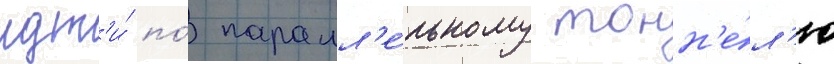
идт'и́ по́ паралл'е́льному тонн'е́л'ю